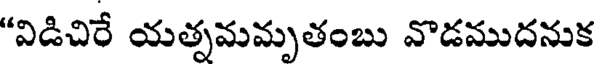
"విడిచిరే యత్సమమృతంబు వొడముదనుక